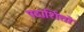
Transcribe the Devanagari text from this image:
पदार्शितो